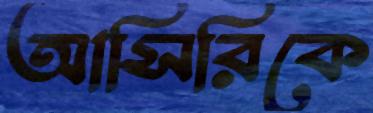
আসিরিকে